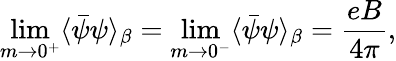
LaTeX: \operatorname*{lim}_{m\rightarrow 0^{+}}\langle\bar{\psi}\psi\rangle_{\beta}=\operatorname*{lim}_{m\rightarrow 0^{-}}\langle\bar{\psi}\psi\rangle_{\beta}=\frac{eB}{4\pi},